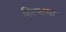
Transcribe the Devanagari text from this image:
हिल्सचा